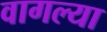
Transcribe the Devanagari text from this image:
वागल्या